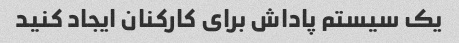
یک سیستم پاداش برای کارکنان ایجاد کنید